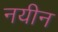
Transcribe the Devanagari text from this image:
नयीन